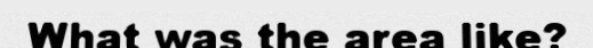
What was the area like?